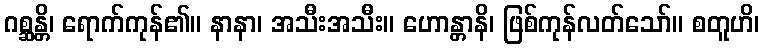
ဂစ္ဆန္တိ၊ ရောက်ကုန်၏။ နာနာ၊ အသီးအသီး။ ဟောန္တာနိ၊ ဖြစ်ကုန်လတ်သော်။ စတူဟိ၊